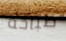
طباخة